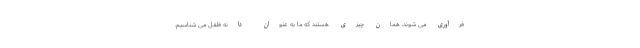
فرآوری می شوند، همان چیزی هستند که ما به عنوان دانه فلفل می شناسیم.